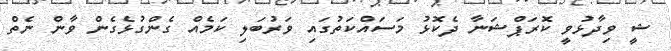
ޝީ ވިދާޅުވީ ކޮރަޕްޝަނާ ދެކޮޅު މަސައްކަތުގައި ވަރުބަލި ކަމެއް ގެންގުޅެގެން ވާން ނެތް